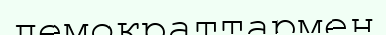
демократтармен